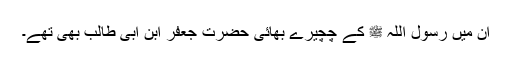
ان میں رسول اللہ ﷺ کے چچیرے بھائی حضرت جعفرؓ ابن ابی طالب بھی تھے۔